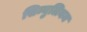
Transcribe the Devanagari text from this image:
सिम्युलियम